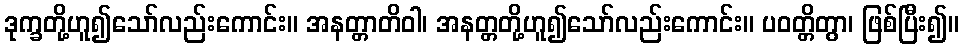
ဒုက္ခတို့ဟူ၍သော်လည်းကောင်း။ အနတ္တာတိဝါ၊ အနတ္တတို့ဟူ၍သော်လည်းကောင်း။ ပဝတ္တိတွာ၊ ဖြစ်ပြီး၍။